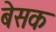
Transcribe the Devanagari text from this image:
बेसक